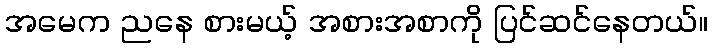
အမေက ညနေ စားမယ့် အစားအစာကို ပြင်ဆင်နေတယ်။